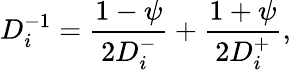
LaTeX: D_{i}^{-1}=\frac{1-\psi}{2D_{i}^{-}}+\frac{1+\psi}{2D_{i}^{+}},